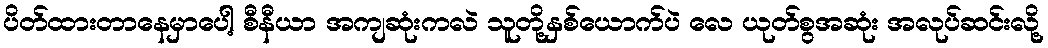
ပိတ်ထားတာနေမှာပေါ့ စီနီယာ အကျဆုံးကလဲ သူတို့နှစ်ယောက်ပဲ လေ ယုတ်စွအဆုံး အလုပ်ဆင်းလို့